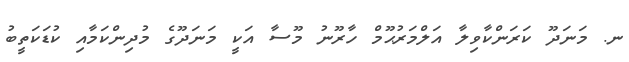
ނ. މަނަދޫ ކަރަންކާވިލާ އަލްމަރުޙޫމް ހާރޫނު މޫސާ އަކީ މަނަދޫގެ މުދިންކަމާއި ކުޑަކަތީބު